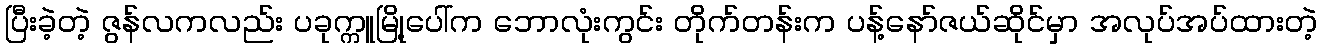
ပြီးခဲ့တဲ့ ဇွန်လကလည်း ပခုက္ကူမြို့ပေါ်က ဘောလုံးကွင်း တိုက်တန်းက ပန့်နော်ဇယ်ဆိုင်မှာ အလုပ်အပ်ထားတဲ့